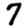
Digit: 7